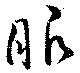
眼